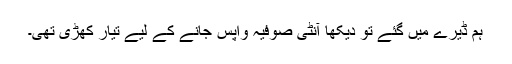
ہم ڈیرے میں گئے تو دیکھا آنٹی صوفیہ واپس جانے کے لیے تیار کھڑی تھی۔